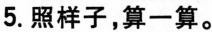
5.照样子，算一算。